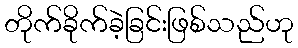
တိုက်ခိုက်ခဲ့ခြင်းဖြစ်သည်ဟု